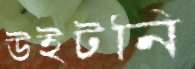
উইটনি